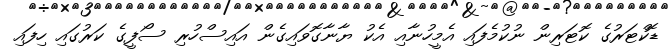
ޑޮކްޓަރުގެ ކޮޓަރިން ނުކުމެފައި އެމީހުނާއި އެކު ޔާނާގޮވައިގެން އައިސްހުރި ސޯފީގެ ކަރުގައި ހިފައި